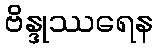
ဗိန္ဒုဿရေန